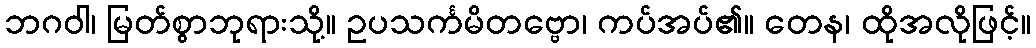
ဘဂဝါ၊ မြတ်စွာဘုရားသို့။ ဥပသင်္ကမိတဗ္ဗော၊ ကပ်အပ်၏။ တေန၊ ထိုအလိုဖြင့်။